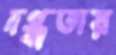
দগ্ধতায়